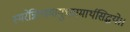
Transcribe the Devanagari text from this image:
स्मरेन्नित्यमायुःकामार्थसिद्धये।।